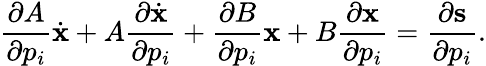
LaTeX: \frac{\partial A}{\partial p_{i}}\dot{\textbf{x}}+A\frac{\partial\dot{\textbf{x}}}{\partial p_{i}}+\frac{\partial B}{\partial p_{i}}\textbf{x}+B\frac{\partial\textbf{x}}{\partial p_{i}}=\frac{\partial\textbf{s}}{\partial p_{i}}.